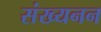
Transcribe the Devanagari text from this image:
संख्यनन